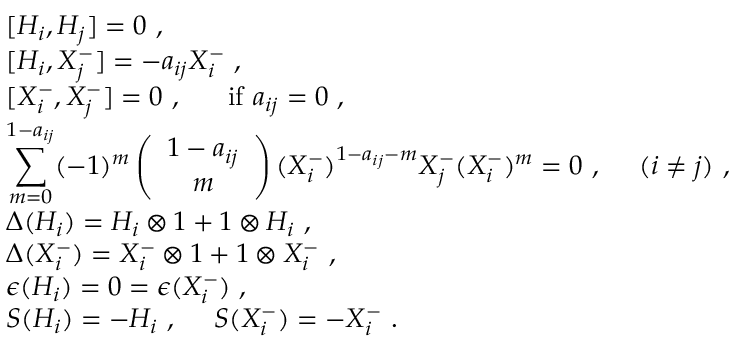
\begin{array} { l } { { [ H _ { i } , H _ { j } ] = 0 ~ , } } \\ { { [ H _ { i } , X _ { j } ^ { - } ] = - a _ { i j } X _ { i } ^ { - } ~ , } } \\ { { [ X _ { i } ^ { - } , X _ { j } ^ { - } ] = 0 ~ , ~ ~ ~ ~ ~ \mathrm { i f } ~ a _ { i j } = 0 ~ , } } \\ { { \displaystyle \sum _ { m = 0 } ^ { 1 - a _ { i j } } ( - 1 ) ^ { m } \left( \begin{array} { c } { { 1 - a _ { i j } } } \\ { { m } } \end{array} \right) ( X _ { i } ^ { - } ) ^ { 1 - a _ { i j } - m } X _ { j } ^ { - } ( X _ { i } ^ { - } ) ^ { m } = 0 ~ , ~ ~ ~ ~ ( i \not = j ) ~ , } } \\ { { \Delta ( H _ { i } ) = H _ { i } \otimes 1 + 1 \otimes H _ { i } ~ , } } \\ { { \Delta ( X _ { i } ^ { - } ) = X _ { i } ^ { - } \otimes 1 + 1 \otimes X _ { i } ^ { - } ~ , } } \\ { { \epsilon ( H _ { i } ) = 0 = \epsilon ( X _ { i } ^ { - } ) ~ , } } \\ { { S ( H _ { i } ) = - H _ { i } ~ , ~ ~ ~ ~ S ( X _ { i } ^ { - } ) = - X _ { i } ^ { - } ~ . } } \end{array}